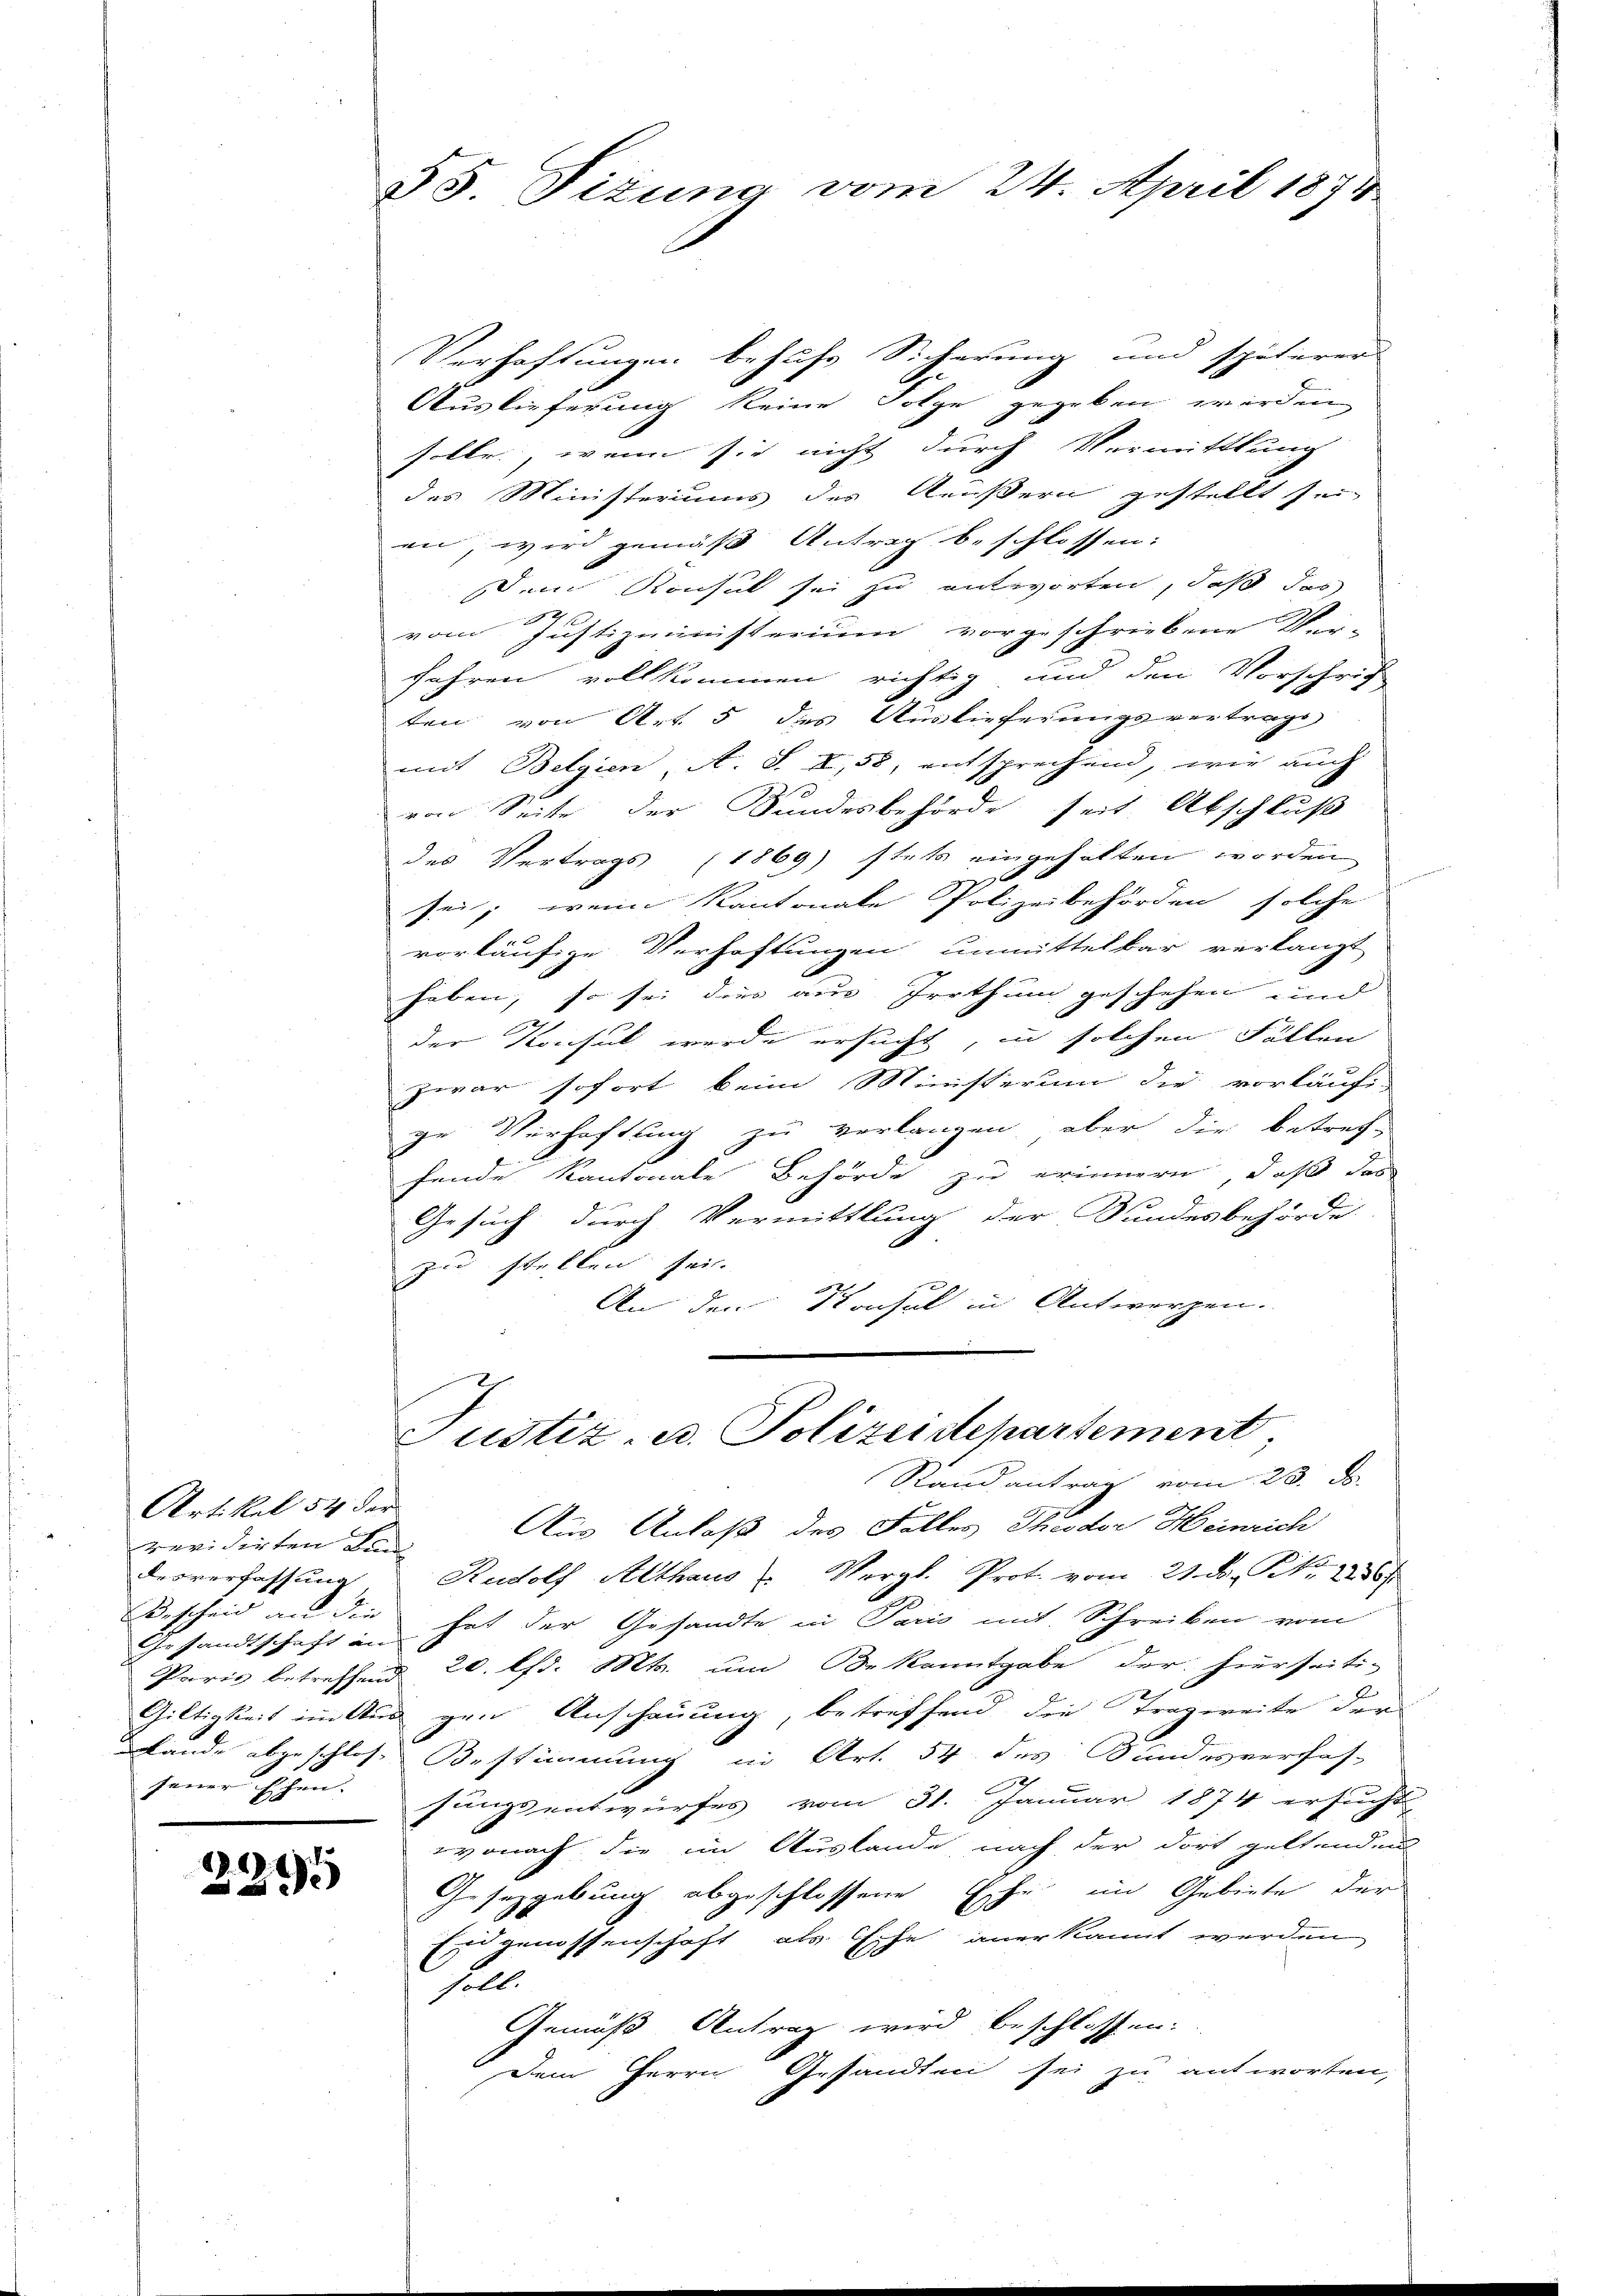
Artikel 54 der
revidirten Lan
desverfassung
Bescheid an die
Gesandtschaft an
jener Ehen.
.

.
25

§5. Titung vom 24. April 1874

Verhaftungen behufs Sicherung und späterer
Auslieferung keine Folge gegeben werden
solle, wenn sie nicht durch Vermittlung
des Ministeriums des Aeußern gestellt sei-
en, wird gemäß Antrag beschlossen:
den Konsul sei zu antworten, daß das
vom Justizministerium vorgeschriebene Wir-
fahren vollkommen richtig, und den Vorschrif
ten von Art. 5 des Auslieferungsvertrags
mit Belgien, A. S. I, 58, entsprechend, wie auch
von Seite der Sundesbehörde seit Abschluß
des Vertrags (1869 stets eingehalten worden
 x
sei; wenn Kantonale Polizeibehörden solche
vorläufige Verhaftungen unmittelbar verlangt
heben, so sei dies aus Irrthum geschehen und
der Konsul wurde ersucht, in solchen Fällen
zwar sofort beim Ministerum die vorläufe
ge Verhaftung zu verlangen, aber die betref-
fende Kantonale Behörde zu erinnern, daß das
Gesuch durch Vermittlung der Bundesbehörde
zu stellen sei.
An den Konsul in Antwerfen.
Justiz u. Polizeidepartement,
Stand antrag vom 23. ds.
Aus Anlaß des Falles Theodor Heinrich
Rudolf Althaus Vergl. Prot. vom 21. F. P. Nr. 2286/
.
hat der Gesandte in Pario mit Schreiben vom
Paris betreffend 20. lfd. Mts. um Bekanntgabe der hierseiti-
Giltigkeit im Aus gen Anschauung, betreffend die Tragweite der
Lande abgeschlose Bestimmung in Art. 54 des Sandesverfas-
sungsentwurfes vom 31. Januar 1874 ersucht
wonach die im Auslande nach der dort geltenden
Gesetzgebung abgeschlossene Esche im Gebiete der
Eidgenossenschaft als Esche anerkannt werden
soll
Gemäß Antrag wird beschlossen.
Dem Herrn Gesandten sei zu antworten,